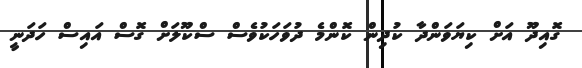
ގޮއިދޫ އަށް ކިޔަވަންދާ ކުދިން ކޮންމެ ދުވަހަކުވެސް ސްކޫލަށް ގޮސް އައިސް ހަދަނީ